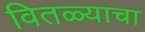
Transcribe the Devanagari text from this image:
वितळ्याचा